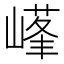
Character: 𡻹